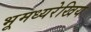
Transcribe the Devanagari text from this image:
भूमध्यरेखिय